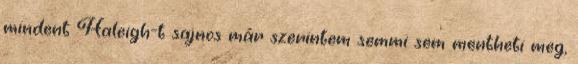
mindent Haleigh-t sajnos már szerintem semmi sem mentheti meg,